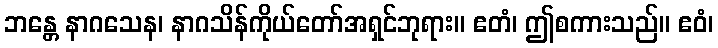
ဘန္တေ နာဂသေန၊ နာဂသိန်ကိုယ်တော်အရှင်ဘုရား။ ဧတံ၊ ဤစကားသည်။ ဧဝံ၊